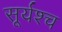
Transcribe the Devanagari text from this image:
सूर्यश्च